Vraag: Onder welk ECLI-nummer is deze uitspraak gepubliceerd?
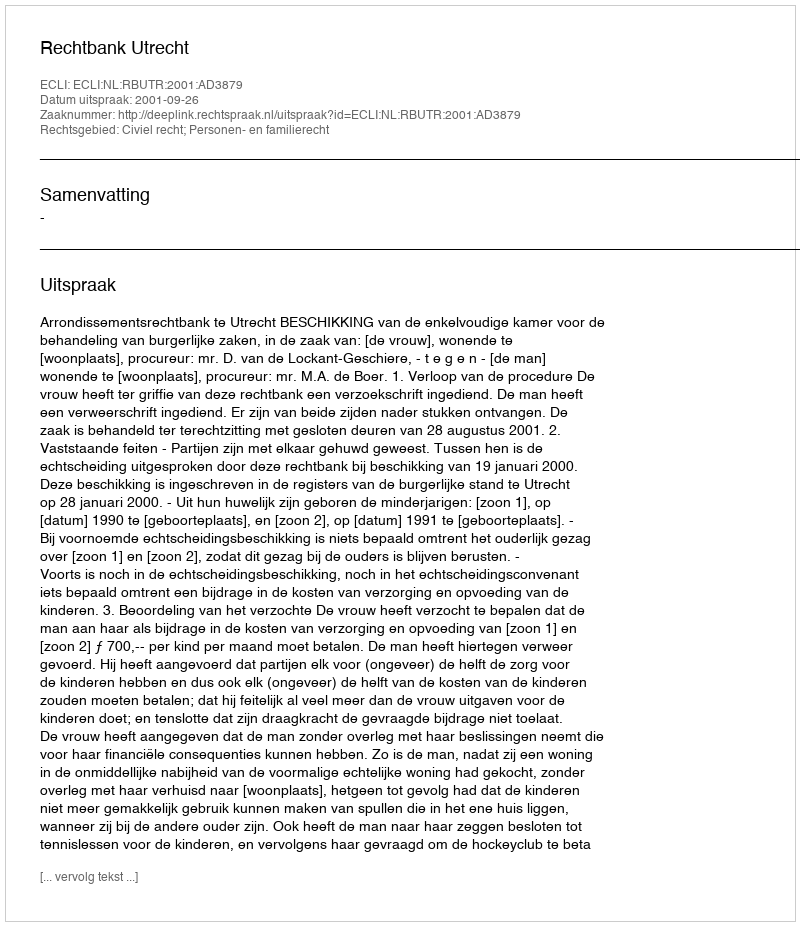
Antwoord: ECLI:NL:RBUTR:2001:AD3879